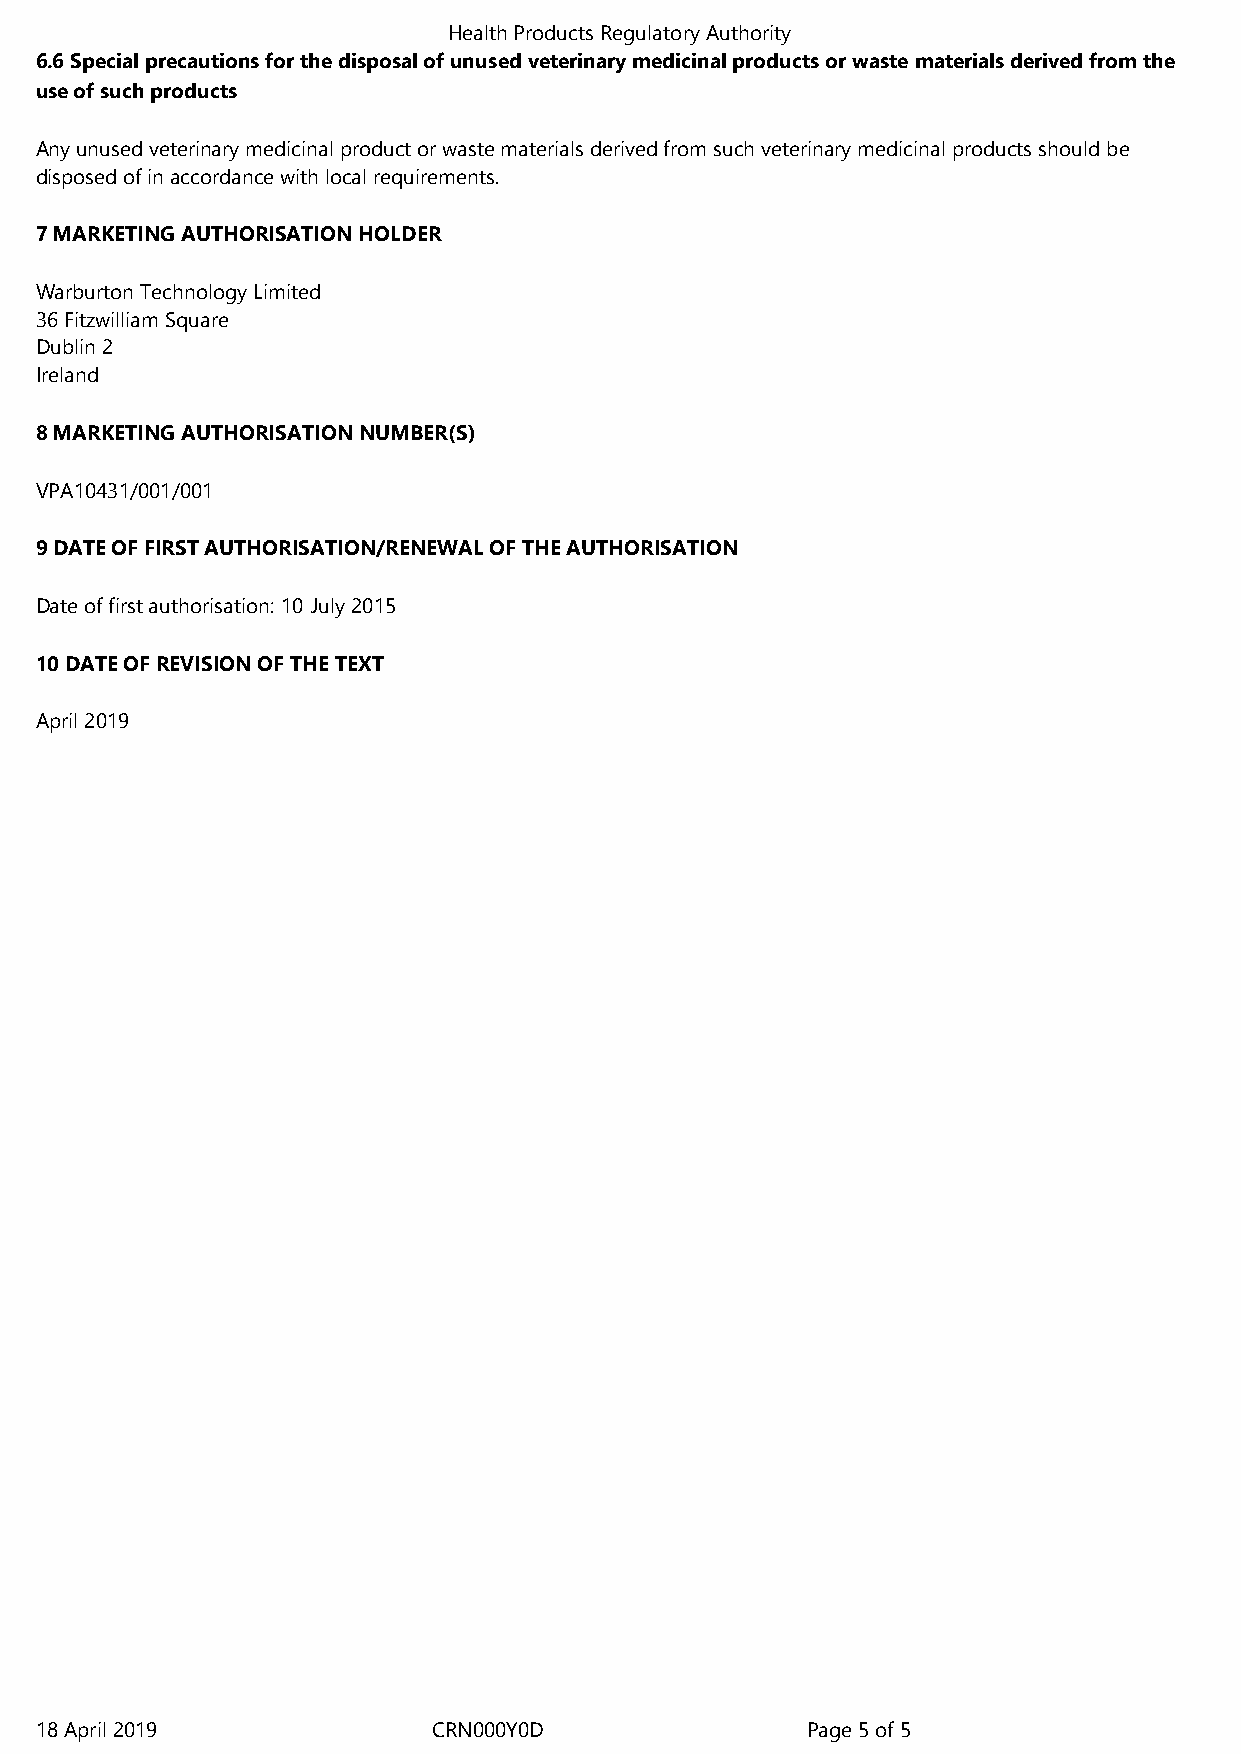
HealthProductsRegulatoryAuthority
 6.6 Special precautions for the disposal of unused veterinary medicinal products or waste materials derived from the
 use of such products
 Anyunusedveterinarymedicinalproductorwastematerialsderivedfromsuchveterinarymedicinalproductsshouldbe
 disposedofinaccordancewithlocalrequirements.
 7 MARKETING AUTHORISATION HOLDER
 WarburtonTechnologyLimited
 36FitzwilliamSquare
 Dublin2
 Ireland
 8 MARKETING AUTHORISATION NUMBER(S)
 VPA10431/001/001
 9 DATE OF FIRST AUTHORISATION/RENEWAL OF THE AUTHORISATION
 Dateoffirstauthorisation:10 July2015
 10 DATE OF REVISION OF THE TEXT
 April2019
 18April2019              CRN000Y0D               Page5of5